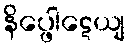
နိပ္ဖေါဋေယျ